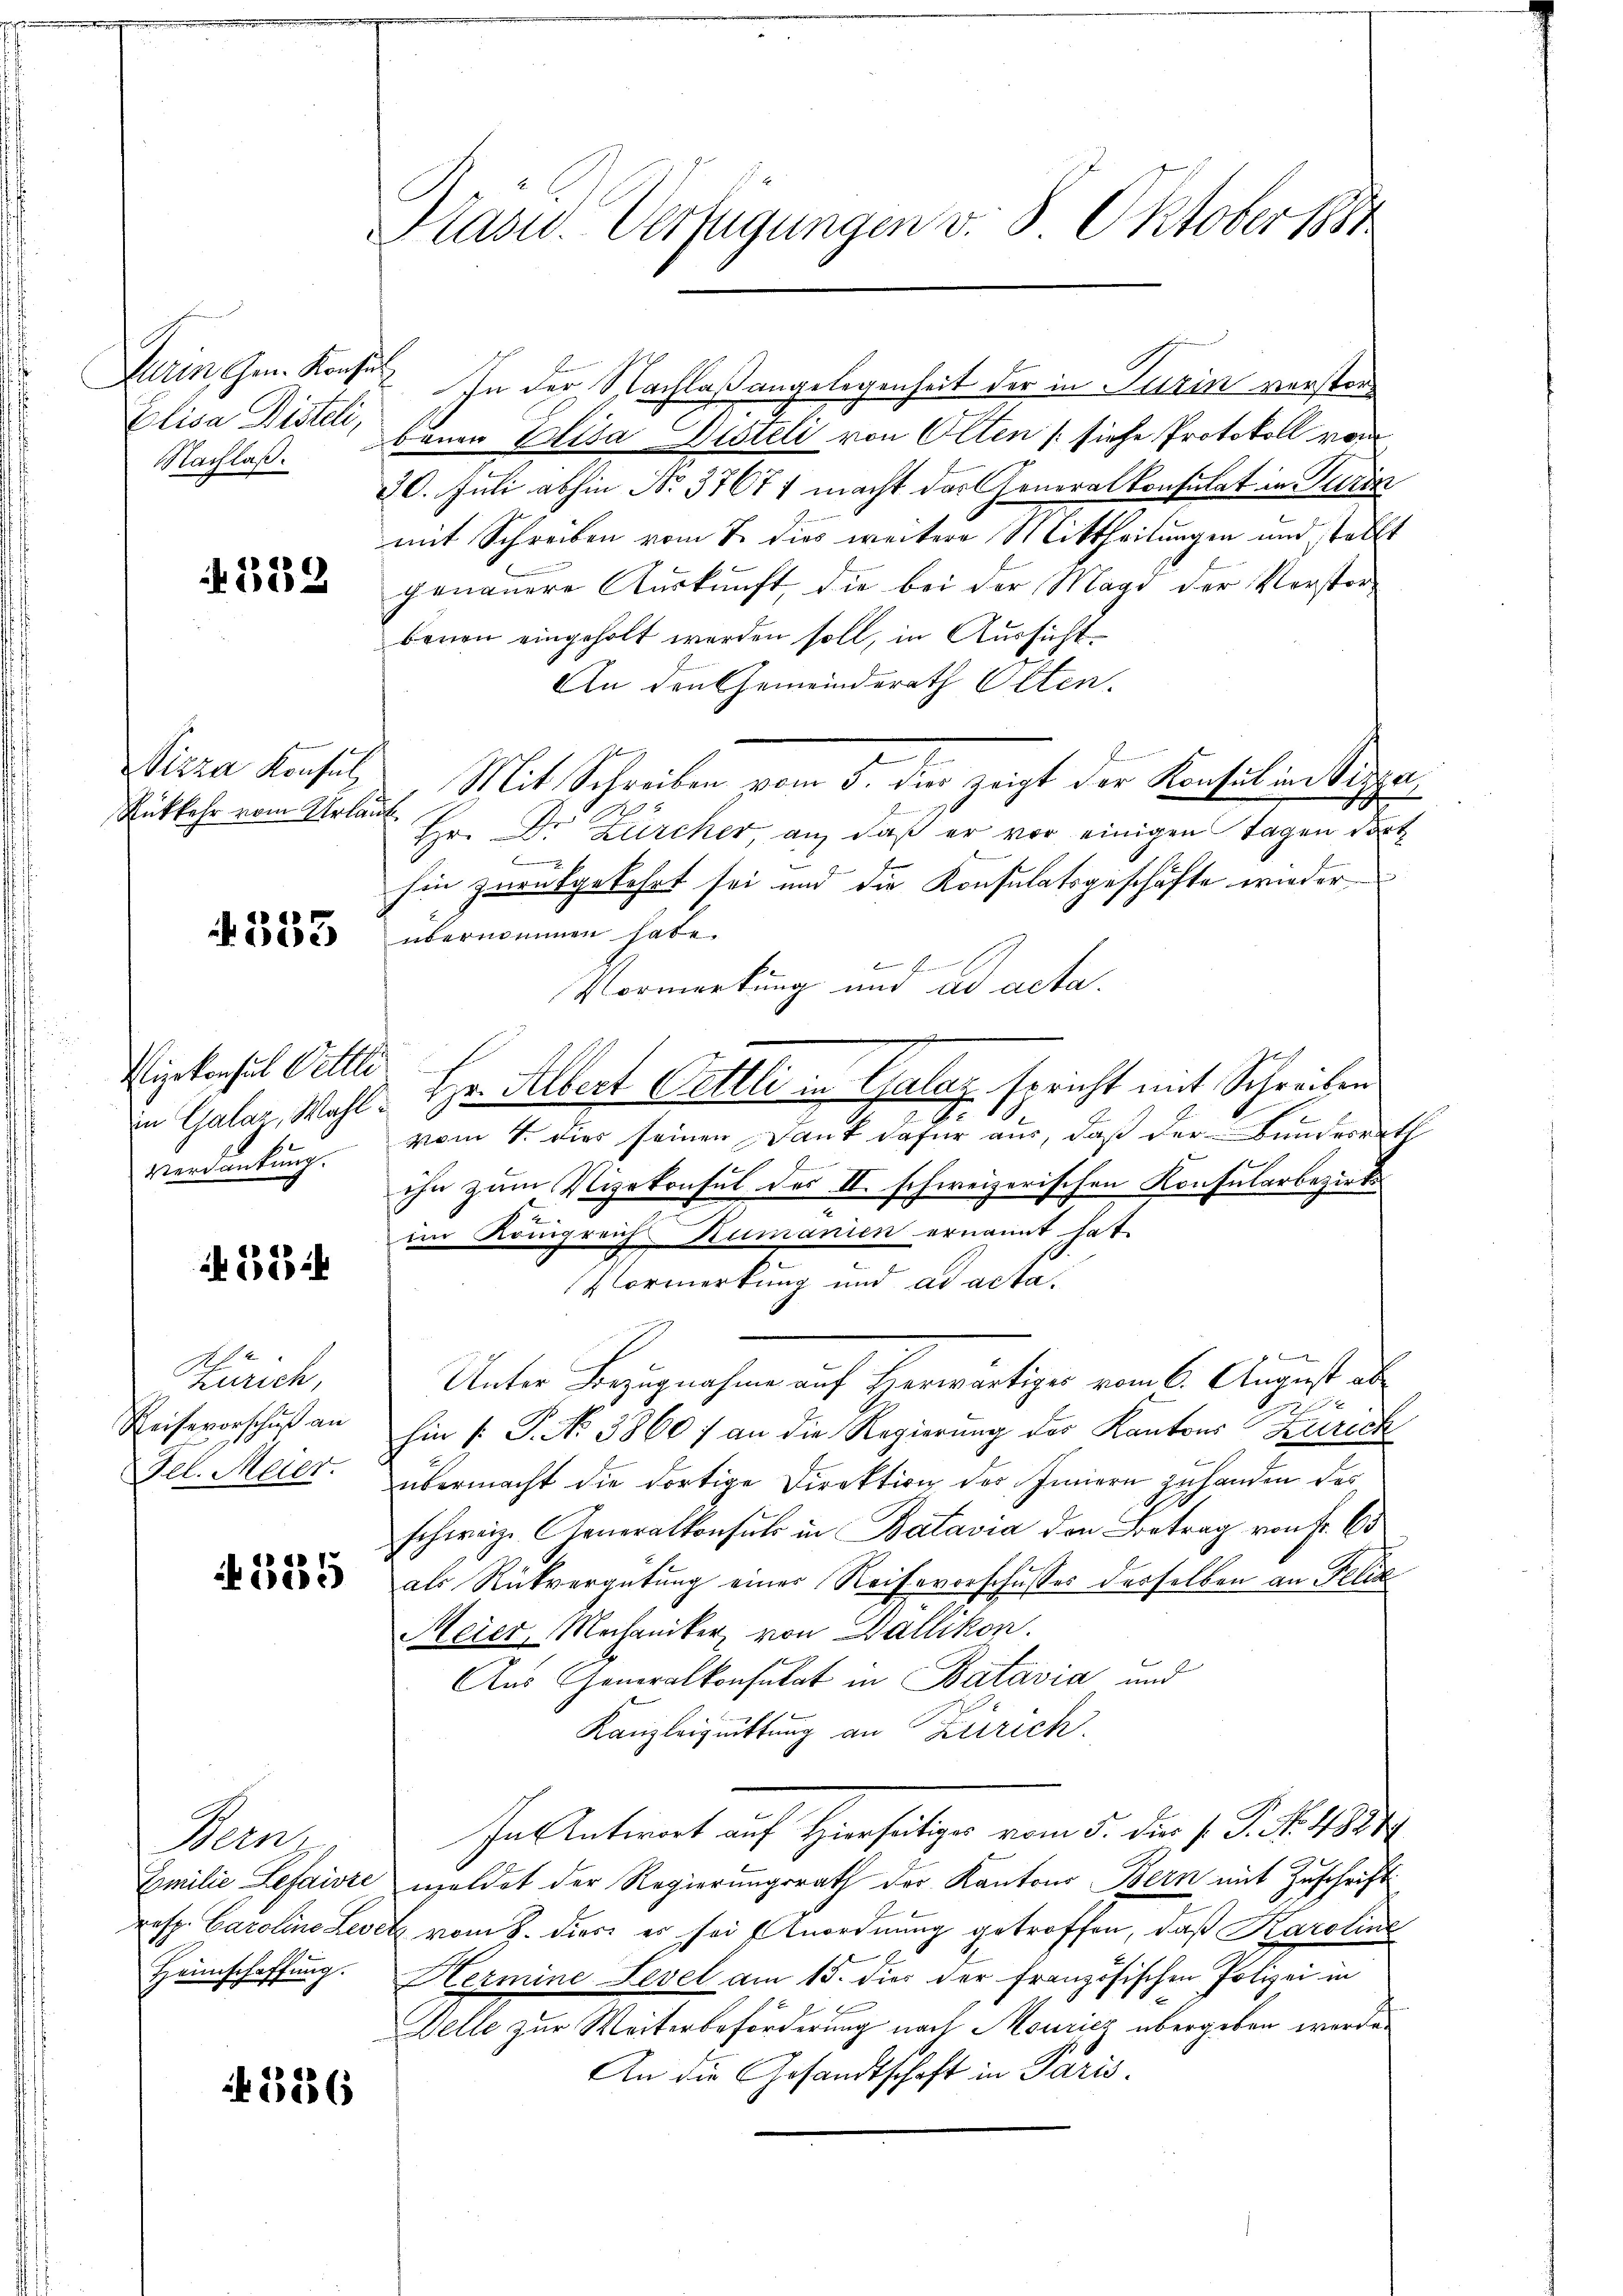
Durin ihm. Konsu
Elisa Disteli,
NNachlaß.

332

Vizza Konsul
Rükkehr vom Urlän¬

333

Piekonsul Veltli
in Galaz, Wahl¬
Verdankung.

55

Zürich,
Reisevorschuß an
Fel. Maer.

A 3255

Bern.
Emilie Lefaivze
resp. Caroline Lever
Heimschaffung.

43886

Präsid.. Verfügungen v. 8. Oktober 188

bauen Elisa Besteli von Olten (siehe Protokoll vom
20. Juli abhin Nr. 37677 macht das Generalkonsulat in Turin
mit Schreiben vom 7. dies weitere Mittheilungen und tellt
genauere Auskunft, die bei der Magi der Verstorbenen eingeholt werden soll, in Aussicht¬
An den Gemeinderath Olten.
H
Mit Schreiben vom 5. dies zeigt der Konsul in Vizza,
Hr. Dr. Zürcher an, daß er vor einigen Tagen dort
.
hin zurückgekehrt sei und die Konsulatsgeschäfte wieder
übernommen habe.
E.
Vormerkung und ad acta.
Hr. Albert Oettli in Galer Bericht mit Schreiben
7
vom 1. Dies seinen Dank dafür aus, daß der Bundesrath
ihn zum Vizekonsul des II. schweizerischen Konsularbezirks
.
im Königreichumanien ernannt hat.
Vormerkung und ad acta.
Unter Bezugnahme auf Herwärtiges vom 6. August ab¬
2
hin [P. Nr. 38607 an die Regierung der Kantons Zurech
übermacht die dortige Direktion des Innern zuhanden des
schweiz. Generalkonsuls in Batavia den Betrag von Fr. 65
als Rückvergütung einer Reisevorschusses desselben an Felix
Meier, Mechaniker von Wallikon.
Aus Generalkonsulat in Batavia und
Kanzleiguittung an Zürich.
In Antwort auf Hierseitiges vom 5. die P. P. No. 48849
meldet der Regierungsrath der Kantons Bern mit Zuschrift
 vom 8. der es sei Anordnung getroffen, daß Karoline
Hermine Level am 15. die der Französischen Polizei in
Felle zur Weiterbeförderung nach Moricz übergeben werde.
An die Gesandtschaft in Paris.

In der Nachlaßangelegenheit der in Turin verstor¬